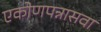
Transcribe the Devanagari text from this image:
एकोणपन्नासवा